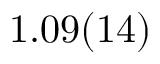
1 . 0 9 ( 1 4 )